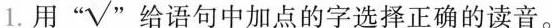
1.用√, 给语句中加点的字选择正确的读音。